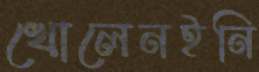
খোলেনইনি